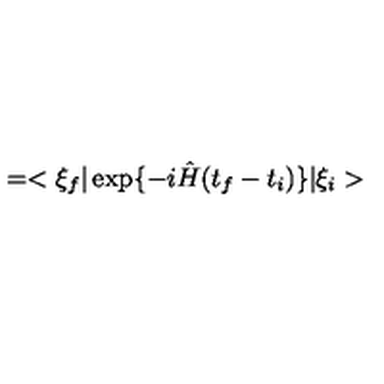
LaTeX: = < \xi _ { f } \vert \exp \{ - i \hat { H } ( t _ { f } - t _ { i } ) \} \vert \xi _ { i } >